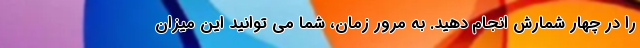
را در چهار شمارش انجام دهید. به مرور زمان، شما می توانید این میزان